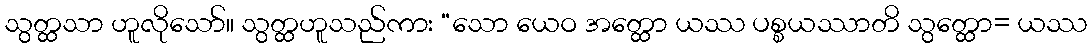
သွတ္ထသာ ဟူလိုသော်။ သွတ္ထဟူသည်ကား “သော ယေဝ အတ္ထော ယဿ ပစ္စယဿာတိ သွတ္ထော= ယဿ